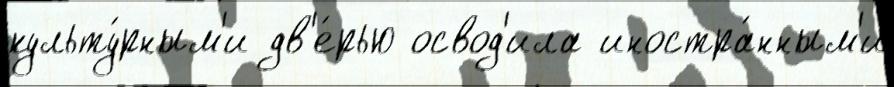
культу́рным'и дв'е́рью освод'ила иностра́нным'и